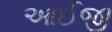
આઈજી